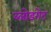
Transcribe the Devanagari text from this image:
ब्लोडगेट